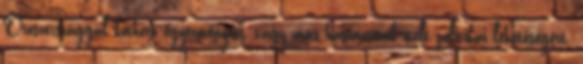
Oroszországgal köthető egyezményért, vagy más hasznosnak ítélt politikai lehetőségért.